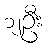
၁၂ဦး